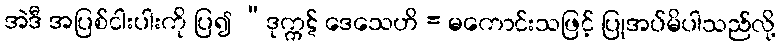
အဲဒီ အပြစ်ငါးပါးကို ပြ၍ “ဒုက္ကဋ် ဒေသေဟိ = မကောင်းသဖြင့် ပြုအပ်မိပါသည်လို့